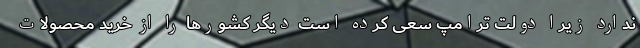
ندارد زیرا دولت ترامپ سعی کرده است دیگر کشورها را از خرید محصولات